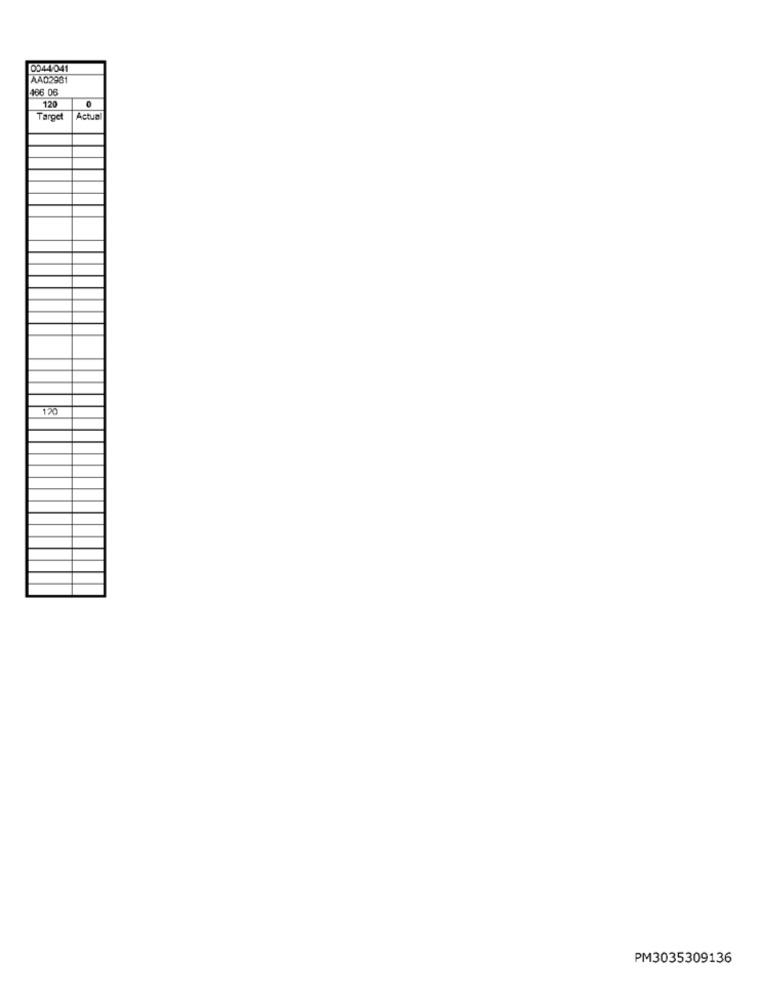
0044041
A402981
466 06
120
Target
Actual
120
PM3035309136